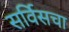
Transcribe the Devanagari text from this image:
सर्विसचा